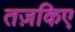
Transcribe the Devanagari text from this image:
तज़किए